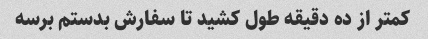
کمتر از ده دقیقه طول کشید تا سفارش بدستم برسه